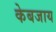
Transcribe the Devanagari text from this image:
केबजाय